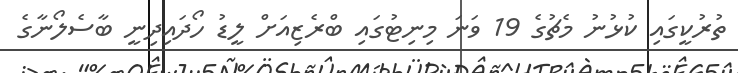
ތުރުކީގައި ކުޅުނު މެޗުގެ 19 ވަނަ މިނިޓުގައި ބްރެޒިއަށް ލީޑު ހޯދައިދިނީ ބާސެލޯނާގެ